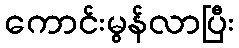
ကောင်းမွန်လာပြီး